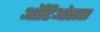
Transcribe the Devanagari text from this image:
ऑटिओसस